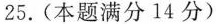
25.(本题满分14分)